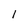
Character: 1